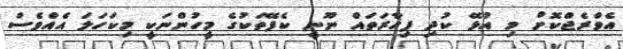
އެވްރެޖްކޮށް މި އުޅޭ ކުދި ފިހާރަތައް ނޫނީ ކެފޭތަކުގެ މީހުންނަކީ މިކަހަލަ އެއްވެސް